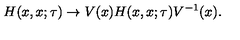
H ( x , x ; \tau ) \to V ( x ) H ( x , x ; \tau ) V ^ { - 1 } ( x ) .